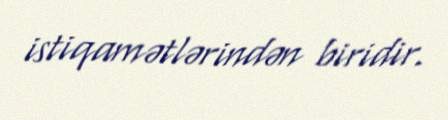
istiqamətlərindən biridir.